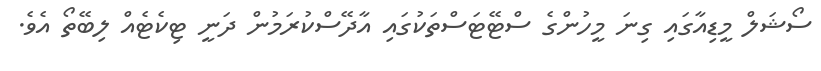
ސޯޝަލް މީޑިއާގައި ގިނަ މީހުންގެ ސްޓޭޓަސްތަކުގައި އާދޭސްކުރަމުން ދަނީ ޓިކެޓެއް ލިބޭތޯ އެވެ.